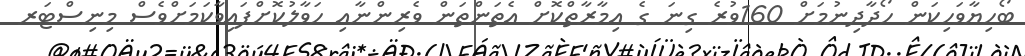
ބޯހިޔާވަހިކަން ހޯދާދިނުމަށް 160ވުރެ ގިނަ ގެ އިމާރާތްކޮށް އެތަންތަން ވެރިންނާއި ހަވާލުކޮށްފައިވާކަމަށްވެސް މިނިސްޓަރ